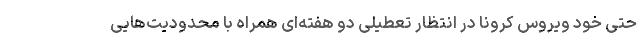
حتی خود ویروس کرونا در انتظار تعطیلی دو هفته‌ای همراه با محدودیت‌هایی